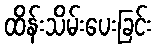
ထိန်းသိမ်းပေးခြင်း